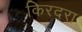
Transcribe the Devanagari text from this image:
किरदरा